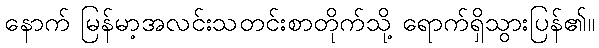
နောက် မြန်မာ့အလင်းသတင်းစာတိုက်သို့ ရောက်ရှိသွားပြန်၏။